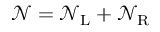
{ \mathcal N } = { \mathcal N } _ { \mathrm { L } } + { \mathcal N } _ { \mathrm { R } }